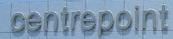
centrepoint